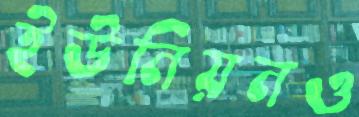
ইউনিয়নও